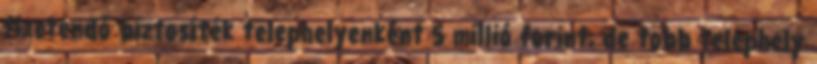
fizetendő biztosíték telephelyenként 5 millió forint, de több telephely